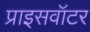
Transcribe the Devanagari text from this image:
प्राइसवॉटर